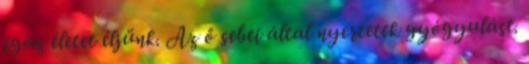
igaz életet éljünk. Az ő sebei által nyertetek gyógyulást.